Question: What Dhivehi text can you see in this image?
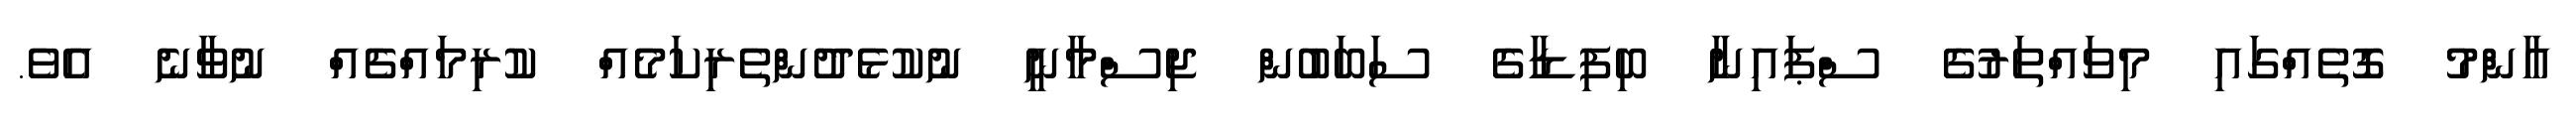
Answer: އާންމު ގޮތެއްގައި މިވައްތަރުގެ ސްޕައިނާ ބިފިޑާގެ ސަބަބުން ޖިސްމާނީ ނުކުޅެދުންތެރިކަމެއް ކުރިމައްޗެއް ނުވާނެ އެވެ.